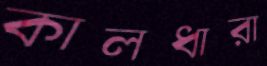
কালধারা